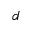
^ { d }